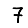
Digit: 7